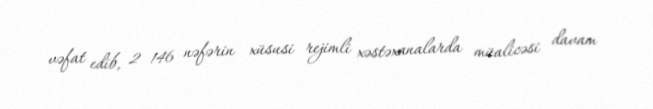
vəfat edib, 2 146 nəfərin xüsusi rejimli xəstəxanalarda müalicəsi davam